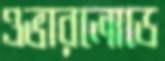
ওভারলোডে